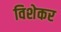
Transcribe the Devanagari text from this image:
विशेकर